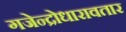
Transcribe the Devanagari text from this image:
गजेन्द्रोधारावतार